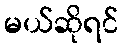
မယ်ဆိုရင်